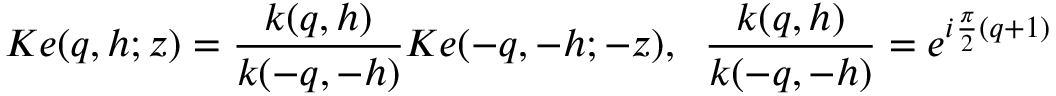
K e ( q , h ; z ) = \frac { k ( q , h ) } { k ( - q , - h ) } K e ( - q , - h ; - z ) , \; \; \frac { k ( q , h ) } { k ( - q , - h ) } = e ^ { i \frac { \pi } { 2 } ( q + 1 ) }